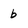
Character: b